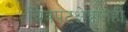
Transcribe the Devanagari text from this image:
चित्रपटक्षेत्रातही